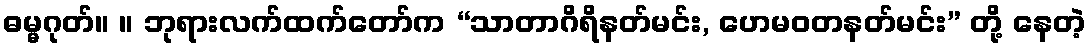
ဓမ္မဂုတ်။ ။ ဘုရားလက်ထက်တော်က “သာတာဂိရိနတ်မင်း, ဟေမဝတနတ်မင်း” တို့ နေတဲ့